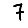
Digit: 7